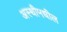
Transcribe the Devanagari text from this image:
अस्थीमधील